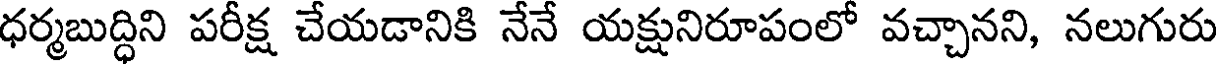
ధర్మబుద్ధిని పరీక్ష చేయడానికి నేనే యక్షునిరూపంలో వచ్చానని, నలుగురు